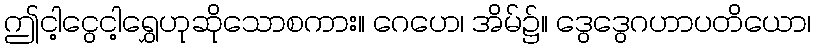
ဤငါ့ငွေငါ့ရွှေဟုဆိုသောစကား။ ဂေဟေ၊ အိမ်၌။ ဒွေဒွေဂဟာပတိယော၊